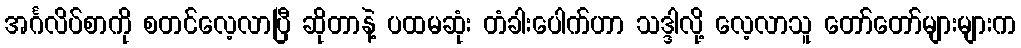
အင်္ဂလိပ်စာကို စတင်လေ့လာပြီ ဆိုတာနဲ့ ပထမဆုံး တံခါးပေါက်ဟာ သဒ္ဒါလို့ လေ့လာသူ တော်တော်များများက